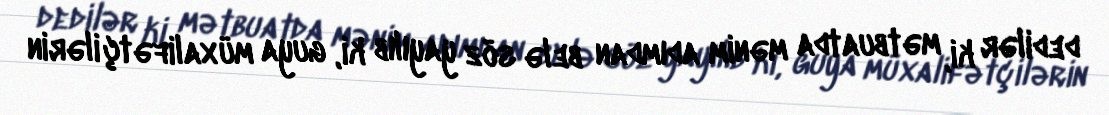
dedilər ki, mətbuatda mənim adımdan belə söz yayılıb ki, guya müxalifətçilərin